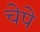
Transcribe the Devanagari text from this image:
चेपे